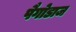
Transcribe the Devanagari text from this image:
पैगोडाज